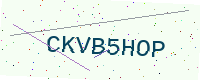
Text: CKVB5HOP